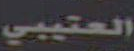
العتيبي